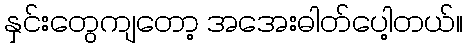
နှင်းတွေကျတော့ အအေးဓါတ်ပေါ့တယ်။